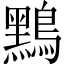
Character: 𪆤